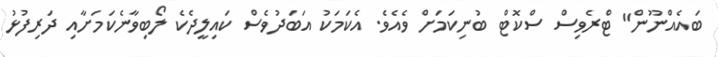
ބައެއްނޫން" ޓްރެވިސް ސްކޮޓް ބުނިކަމަށް ވެއެވެ. އެކަމަކު އަބަދުވެސް ކައިލީދެކެ ލޯބިވާނެކަމަށާއި ދަރިފުޅު